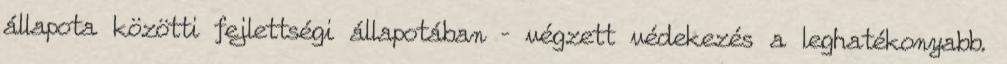
állapota közötti fejlettségi állapotában – végzett védekezés a leghatékonyabb.